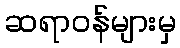
ဆရာဝန်များမှ